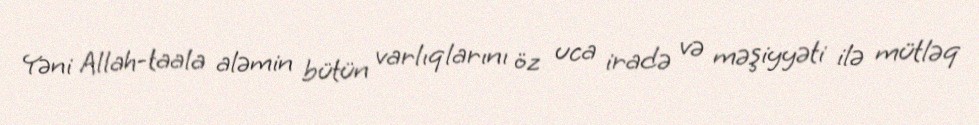
Yəni Allah-taala aləmin bütün varlıqlarını öz uca iradə və məşiyyəti ilə mütləq